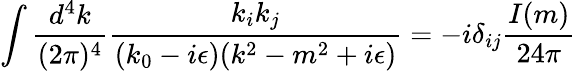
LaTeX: \int{\frac{d^{4}k}{(2\pi)^{4}}}{\frac{k_{i}k_{j}}{(k_{0}-i\epsilon)(k^{2}-m^{2}+i\epsilon)}}=-i\delta_{ij}{\frac{I(m)}{24\pi}}